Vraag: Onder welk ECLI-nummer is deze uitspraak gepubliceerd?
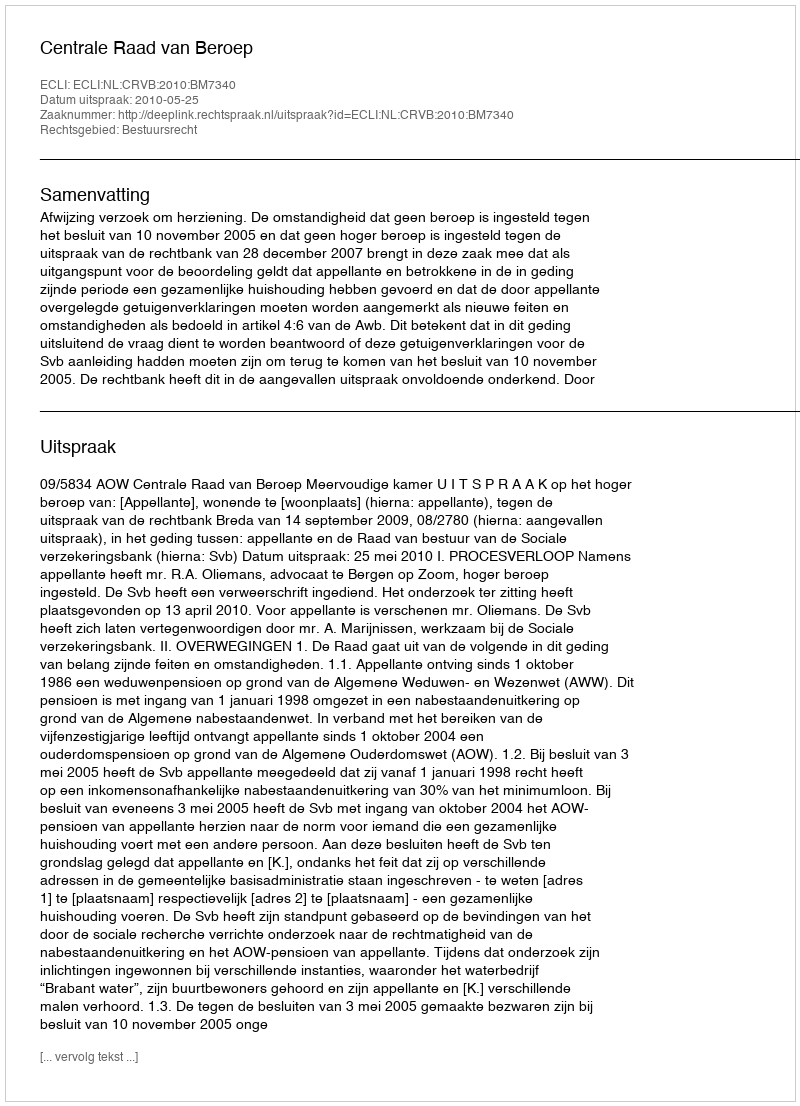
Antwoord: ECLI:NL:CRVB:2010:BM7340